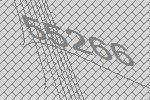
55266